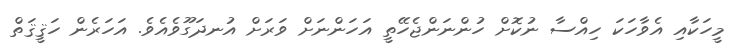
މީހަކާއި އެވާހަކަ ހިއްސާ ނުކޮށް ހުންނަންޖެހޭތީ އަހަންނަށް ވަރަށް އުނދަގޫވެއެވެ. އަހަރެން ހަޤީޤަތް